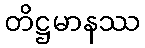
တိဋ္ဌမာနဿ